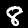
Digit: 8